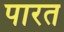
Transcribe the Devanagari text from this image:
पारत